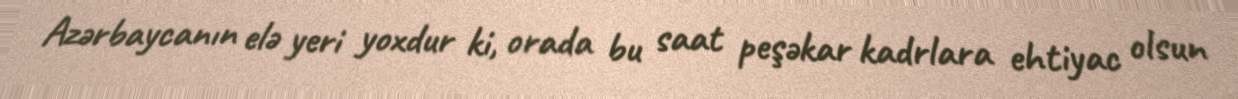
Azərbaycanın elə yeri yoxdur ki, orada bu saat peşəkar kadrlara ehtiyac olsun